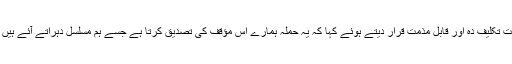
دوسری جانب وزیرِاعظم عمران خان نے کرائسٹ چرچ نیوزی لینڈ میں مساجد پر دہشت گرد حملوں کو نہایت تکلیف دہ اور قابل مذمت قرار دیتے ہوئے کہا کہ یہ حملہ ہمارے اس مؤقف کی تصدیق کرتا ہے جسے ہم مسلسل دہراتے آئے ہیں کہ دہشت گردی کا کوئی مذہب نہیں‘ ہماری ہمدردی اور دعائیں متاثرین اور ان کے اہل خانہ کے ساتھ ہیں۔